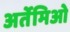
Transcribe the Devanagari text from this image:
अर्तेमिओ